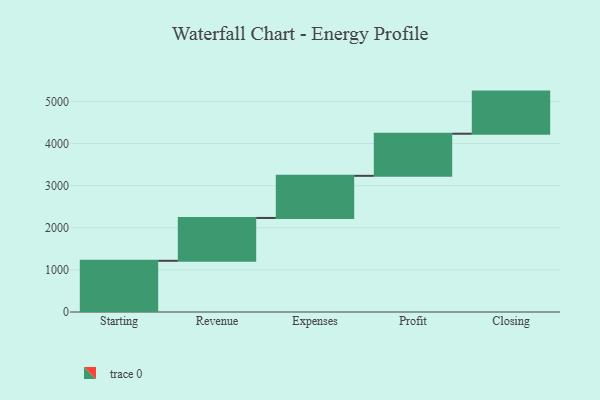
{"axis": {"x": "Step", "y": "Value"}, "legend": [""], "data": [{"x": "Starting", "y": 1216.0, "type": ""}, {"x": "Revenue", "y": 1017.0, "type": ""}, {"x": "Expenses", "y": 1000, "type": ""}, {"x": "Profit", "y": 1000, "type": ""}, {"x": "Closing", "y": 1000, "type": ""}]}